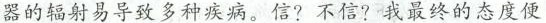
器的辐射易导致多种疾病。信？不信？我最终的态度便